Lunatic asylums Madras 1877-1891 - 1877-1891
Year: 1877
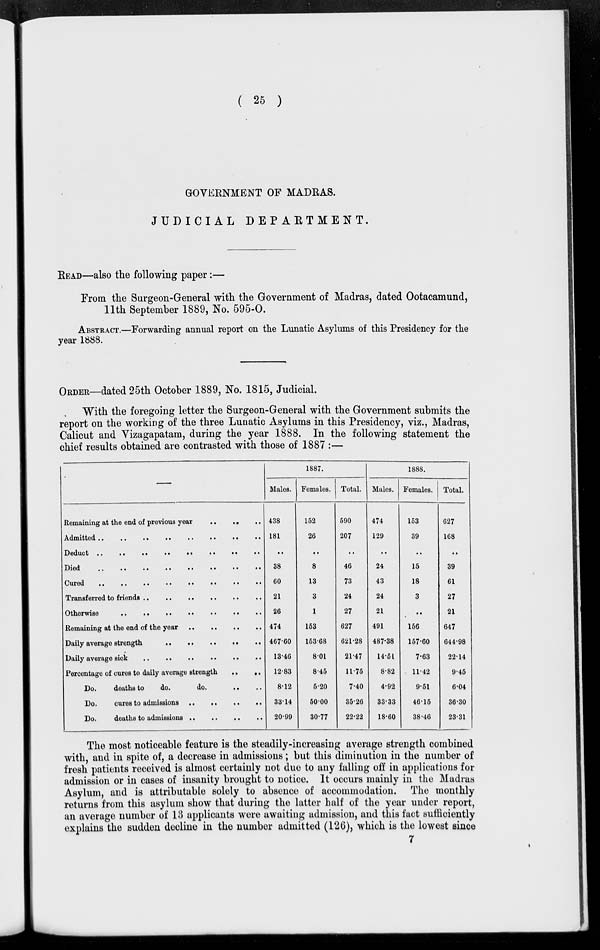
( 25 )
GOVERNMENT OF MADRAS.
JUDICIAL
DEPARTMENT.
READ—also the following paper:—
From the Surgeon-General with the Government of Madras, dated Ootacamund,
11th September 1889, No. 595-0.
ABSTRACT.—Forwarding annual report on the Lunatic Asylums of this Presidency for the
year 1888.
——
ORDER—dated 25th October 1889, No. 1815, Judicial.
With the foregoing letter the Surgeon-General with the Government submits the
report on the working of the three Lunatic Asylums in this Presidency, viz., Madras,
Calicut and Vizagapatam, during the year 1888. In the following statement the
chief results obtained are contrasted with those of 1887:—
–––
Remaining at the end of previous year .. .. .. .. .. ..
Admitted .. .. .. .. .. .. .. ..
Deduct .. .. .. .. .. .. .. ..
Died .. .. .. .. .. .. .. ..
Cured .. .. .. .. .. .. .. ..
Transferred to friends .. .. .. .. .. .. .. ..
Otherwise .. .. .. .. .. .. .. ..
Remaining at the end of the year .. .. .. ..
Daily average strength .. .. .. .. ..
Daily average sick .. .. .. .. .. ..
Percentage of cures to daily average strength
..
..
Do.
deaths to
do.
do.
..
..
Do. cures to admissions
..
..
..
..
Do.
deaths to admissions .. .. .. ..
1887.
Males.
438
181
...
38
60
21
26
474
467.60
13.46
12.83
8.12
33.14
20.99
Females.
152
26
...
8
13
3
1
153
153.68
8.01
8.45
5.20
50.00
30.77
Total.
590
207
...
46
73
24
27
627
621.28
21.47
11.75
7.40
35.26
22.22
1888.
Males.
474
129
...
24
43
24
21
491
487.38
14.51
8.82
4.92
33.33
18.60
Females.
153
39
...
15
18
3
...
156
157.60
7.63
11.42
9.51
46.15
38.46
Total.
627
168
...
39
61
27
21
647
644.98
22.14
9.45
6.04
36.30
23.31
The most noticeable feature is the steadily-increasing average strength combined
with, and in spite of, a decrease in admissions ; but this diminution in the number of
fresh patients received is almost certainly not due to any falling off in applications for
admission or in cases of insanity brought to notice. It occurs mainly in the Madras
Asylum, and is attributable solely to absence of accommodation. The monthly
returns from this asylum show that during the latter half of the year under report,
an average number of 13 applicants were awaiting admission, and this fact sufficiently
explains the sudden decline in the number admitted (126), which is the lowest since
7